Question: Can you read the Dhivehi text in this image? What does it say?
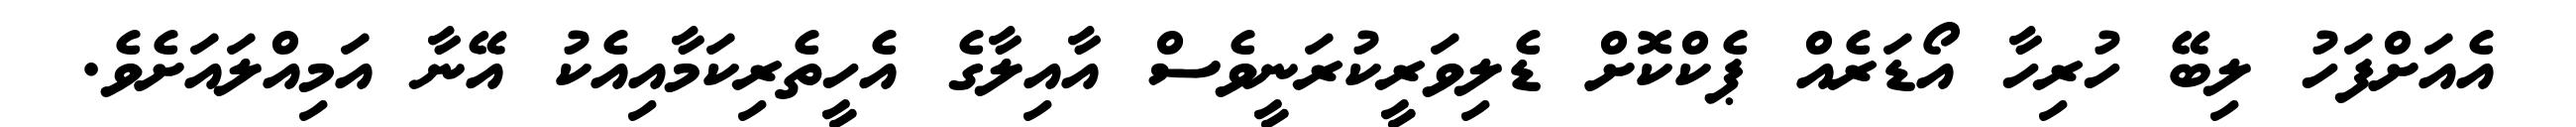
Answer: އެއަށްފަހު ލިބޭ ހުރިހާ އޯޑަރެއް ޕެކްކޮށް ޑެލިވަރީކުރަނީވެސް އާއިލާގެ އެހީތެރިކަމާއިއެކު އޭނާ އަމިއްލައަށެވެ.